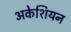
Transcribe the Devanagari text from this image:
अकेशियन